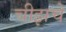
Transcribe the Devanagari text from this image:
चीझचे